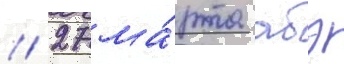
// 27 ма́рта абэ